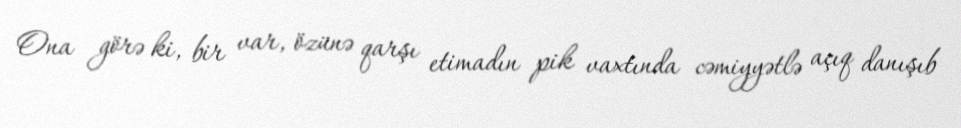
Ona görə ki, bir var, özünə qarşı etimadın pik vaxtında cəmiyyətlə açıq danışıb